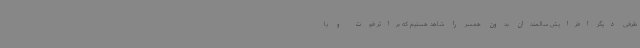
طرفی دیگر افزایش سالمندان بدون همسر را شاهد هستیم که براثر فوت و یا